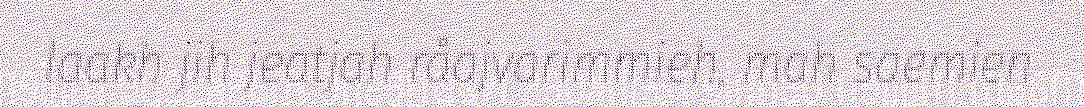
laakh jih jeatjah råajvarimmieh, mah saemien